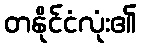
တနိုင်ငံလုံး၏